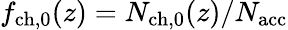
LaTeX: f_{\mathrm{ch,0}}(z)=N_{\mathrm{ch,0}}(z)/{N_{\mathrm{acc}}}